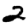
Digit: 2